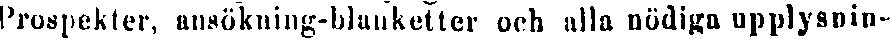
Prospekter, ansökning-blanketter och alla nödiga upplysnin-